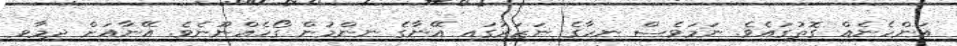
އަންހެނެއް ގޮތުގައެވެ. ނަމަވެސް ނިހާގެ ނަޒަރުގައި އޭނާގެ ނިންމުން ގޯހެއްނޫނެވެ. އޭނާއަށް ދިމާވި